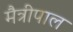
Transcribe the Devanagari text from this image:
मैत्रीपाल